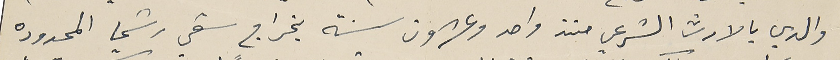
والدي بالارث الشرعي منذ واحد وعشرون سنة بخراج سقي رشميا المحدوده